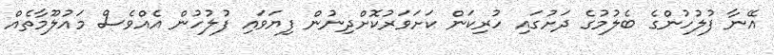
އޭނާ ފުލުހުންގެ ބެލުމުގެ ދަށުގައި ހުރިކަން ކަށަވަރުކޮށްދިނުން ފިޔަވައި ފުލުހުން އެއްވެސް މައުލޫމާތެއް